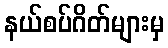
နယ်စပ်ဂိတ်များမှ